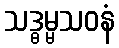
သဒ္ဓမ္မသဝနံ